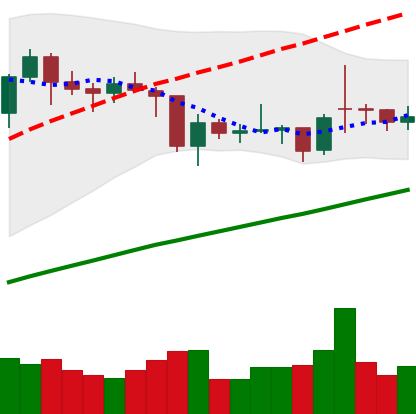
Ticker: BTC-USD
Chart end date: 2021-02-01
Forward return: 17.082%
Label: up_7plus